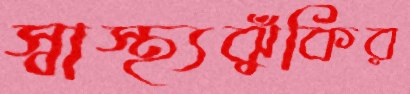
স্বাস্থ্যঝুঁকির